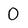
Character: 0